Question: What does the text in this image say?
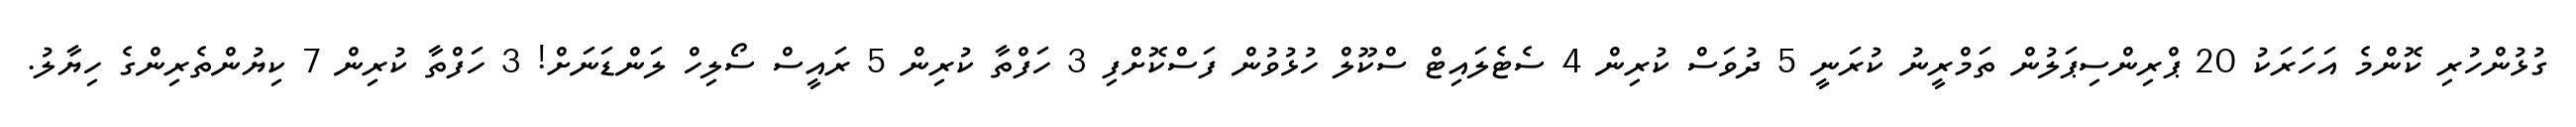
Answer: ގުޅުންހުރި ކޮންމެ އަހަރަކު 20 ޕްރިންސިޕަލުން ތަމްރީނު ކުރަނީ 5 ދުވަސް ކުރިން 4 ސެޓެލައިޓް ސްކޫލް ހުޅުވުން ފަސްކޮށްފި 3 ހަފްތާ ކުރިން 5 ރައީސް ސޯލިހް ލަންޑަނަށް! 3 ހަފްތާ ކުރިން 7 ކިޔުންތެރިންގެ ހިޔާލު.